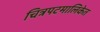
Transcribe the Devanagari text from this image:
चित्रपटमालिकेत